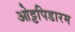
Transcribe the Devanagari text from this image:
ओट्टपिडारम